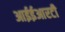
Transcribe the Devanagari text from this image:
आईईआरटी